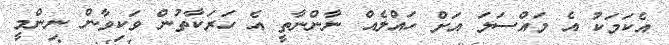
އެކަމަކު އެ މައްސަލަ އަށް ހައްލެއް ނާންނާތީ އެ ހަރަކާތުން ވަކިވާން ނިންމީ